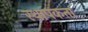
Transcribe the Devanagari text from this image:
स्थापकता